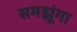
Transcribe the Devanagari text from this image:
समझूंगा